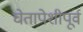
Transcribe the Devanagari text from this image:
चेतापेशीपूर्व